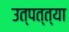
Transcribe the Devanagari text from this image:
उत्पत्त्या